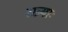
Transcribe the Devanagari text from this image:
रात्र्याः